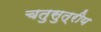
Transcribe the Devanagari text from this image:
चतुसुत्रीय